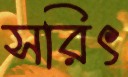
সরিৎ